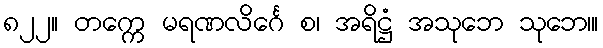
၈၂၂။ တက္ကေ မရဏလိင်္ဂေ စ၊ အရိဋ္ဌံ အသုဘေ သုဘေ၊။